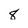
Character: 8